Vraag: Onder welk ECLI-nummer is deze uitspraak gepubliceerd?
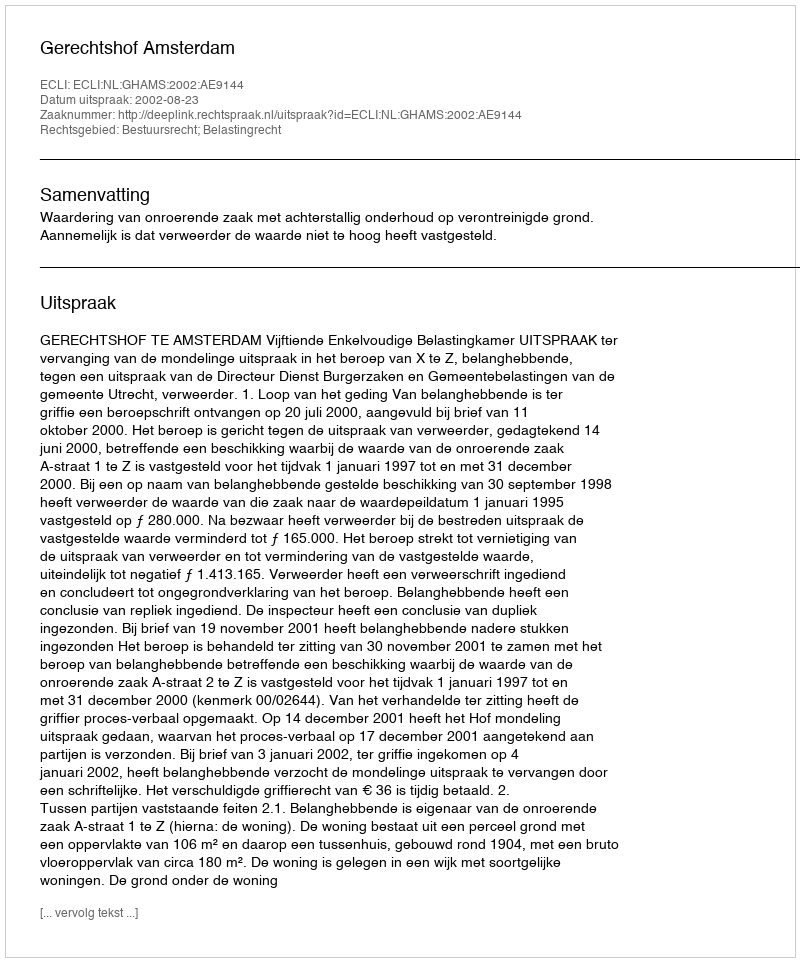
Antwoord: ECLI:NL:GHAMS:2002:AE9144